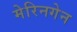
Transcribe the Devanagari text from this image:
मेरिनगेन